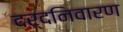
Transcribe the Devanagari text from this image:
दर्दनिवारण